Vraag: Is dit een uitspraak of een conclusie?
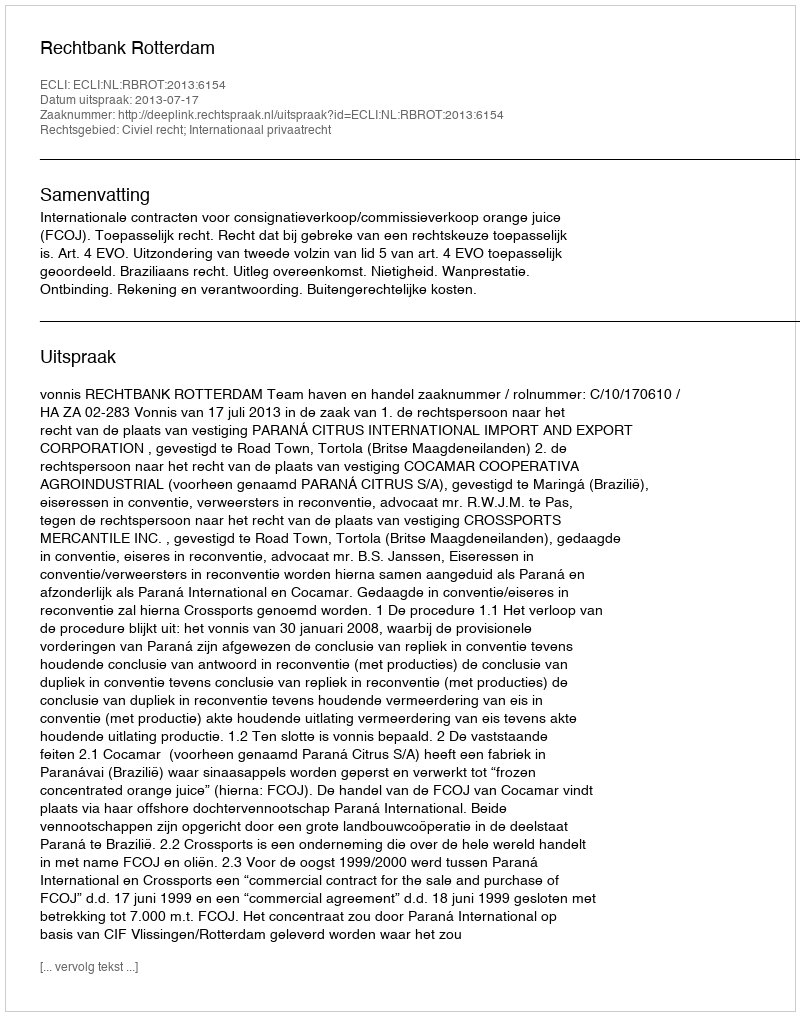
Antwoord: Uitspraak